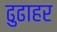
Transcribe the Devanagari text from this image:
ढुढाहर